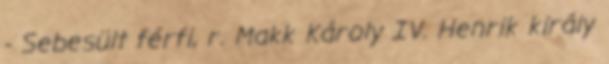
- Sebesült férfi, r. Makk Károly IV. Henrik király